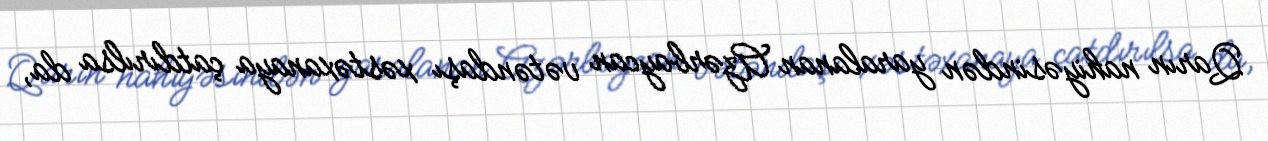
Qarın nahiyəsindən yaralanan Azərbaycan vətəndaşı xəstəxanaya çatdırılsa da,